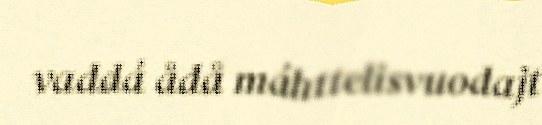
vaddá ådå máhttelisvuodajt